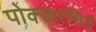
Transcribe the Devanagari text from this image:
पोक्खरणियं